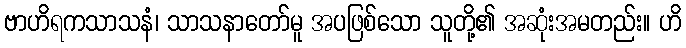
ဗာဟိရကသာသနံ၊ သာသနာတော်မူ အပဖြစ်သော သူတို့၏ အဆုံးအမတည်း။ ဟိ